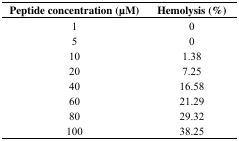
<table><thead><tr><td><b>Peptide concentration (μM)</b></td><td><b>Hemolysis (%)</b></td></tr></thead><tbody><tr><td>1</td><td>0</td></tr><tr><td>5</td><td>0</td></tr><tr><td>10</td><td>1.38</td></tr><tr><td>20</td><td>7.25</td></tr><tr><td>40</td><td>16.58</td></tr><tr><td>60</td><td>21.29</td></tr><tr><td>80</td><td>29.32</td></tr><tr><td>100</td><td>38.25</td></tr></tbody></table>